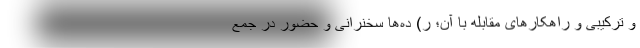
و ترکیبی و راهکارهای مقابله با آن؛ ر) ده‌ها سخنرانی و حضور در جمع